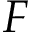
F